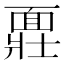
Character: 𩈪